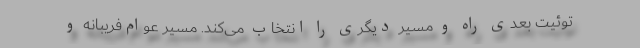
توئیت بعدی راه و مسیر دیگری را انتخاب می‌کند. مسیر عوام‌فریبانه و